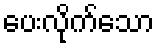
ပေးလိုက်သော